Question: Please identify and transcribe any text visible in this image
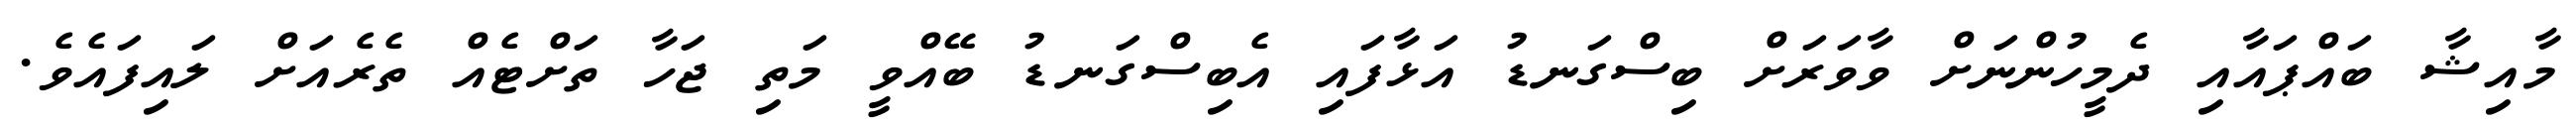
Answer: މާއިޝާ ބައްޕައާއި ދެމީހުންނަށް ވާވަރަށް ބިސްގަނޑު އަޅާފައި އެބިސްގަނޑު ބޭއްވީ މަތި ޖަހާ ތަށްޓެއް ތެރެއަށް ލައިފައެވެ.